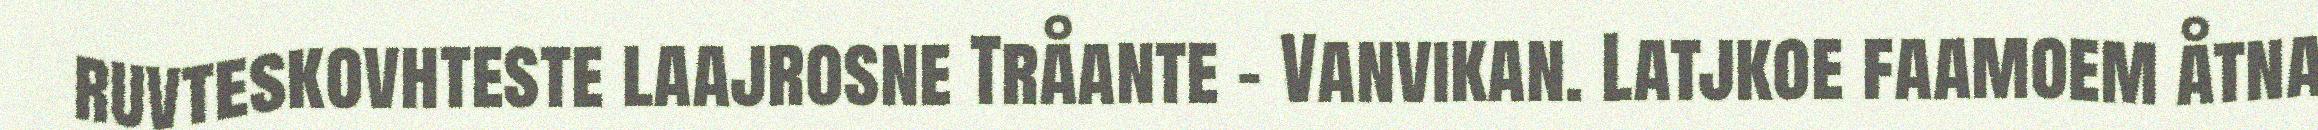
ruvteskovhteste laajrosne Tråante – Vanvikan. Latjkoe faamoem åtna